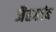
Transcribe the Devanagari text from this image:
जैतखंब